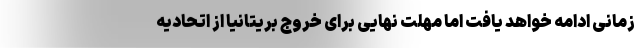
زمانی ادامه خواهد یافت اما مهلت نهایی برای خروج بریتانیا از اتحادیه